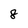
Character: 8